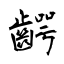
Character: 齶